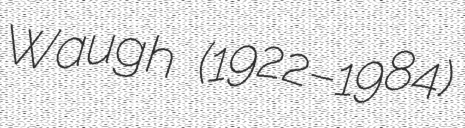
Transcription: Waugh (1922–1984)